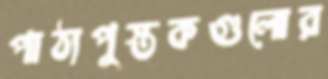
পাঠ্যপুস্তকগুলোর